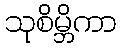
သုစိမ္ဘိကာ